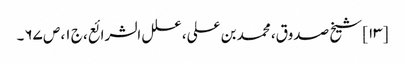
[۱۳] شیخ صدوق، محمد بن علی، علل الشرائع، ج ۱، ص ۶۷۔